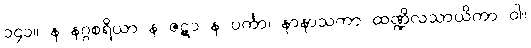
၁၄၁။ န နဂ္ဂစရိယာ န ဇဋာ န ပင်္ကာ၊ နာနာသကာ ထဏ္ဍိလသာယိကာ ဝါ။